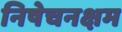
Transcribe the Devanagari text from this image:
निषेचनक्षम